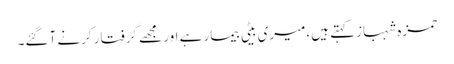
حمزہ شہبازکہتے ہیں،میری بیٹی بیمار ہے اور مجھے گرفتار کرنے آگئے۔